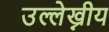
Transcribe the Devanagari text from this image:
उल्लेख्नीय